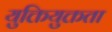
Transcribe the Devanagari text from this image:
युक्तियुक्तता